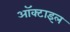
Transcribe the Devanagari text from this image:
ऑक्टाइल